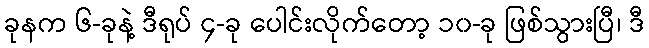
ခုနက ၆-ခုနဲ့ ဒီရုပ် ၄-ခု ပေါင်းလိုက်တော့ ၁၀-ခု ဖြစ်သွားပြီ၊ ဒီ